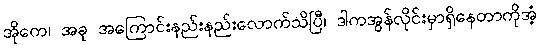
အိုကေ၊ အခု အကြောင်းနည်းနည်းလောက်သိပြီ၊ ဒါကအွန်လိုင်းမှာရှိနေတာကိုအံ့